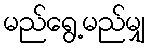
မည်ရွေ့မည်မျှ